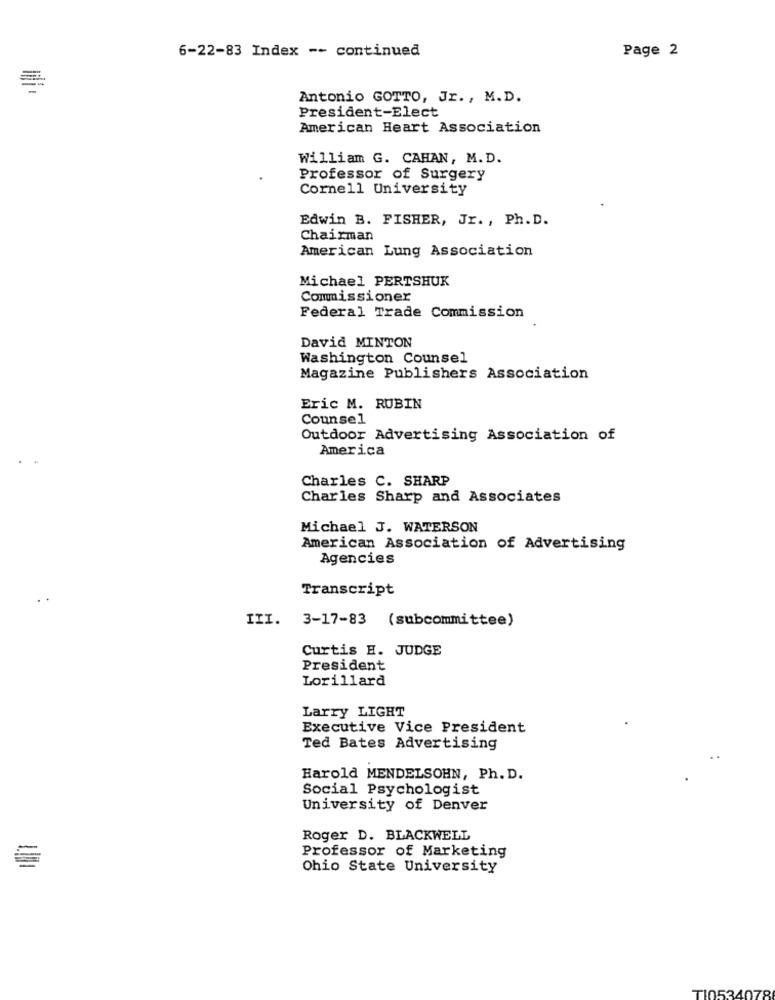
6-22-83 Index -- continued
Page 2
Antonio GOTTO, Jr ., M.D.
President-Elect
American Heart Association
William G. CAHAN, M. D.
Professor of Surgery
Cornell University
Edwin B. FISHER, Jr. , Ph. D.
Chairman
American Lung Association
Michael PERTSHUK
Commissioner
Federal Trade Commission
David MINTON
Washington Counsel
Magazine Publishers Association
Eric M. RUBIN
Counsel
Outdoor Advertising Association of
America
Charles C. SHARP
Charles Sharp and Associates
Michael J. WATERSON
American Association of Advertising
Agencies
Transcript
III.
3-17-83 (subcommittee)
Curtis E. JUDGE
President
Lorillard
Larry LIGHT
Executive Vice President
Ted Bates Advertising
Harold MENDELSOHN, Ph. D.
Social Psychologist
University of Denver
Roger D. BLACKWELL
Professor of Marketing
Ohio State University
TI0534078